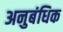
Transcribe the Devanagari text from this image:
अनुबंधिक